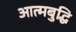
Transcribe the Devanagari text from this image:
आत्मबुद्धि